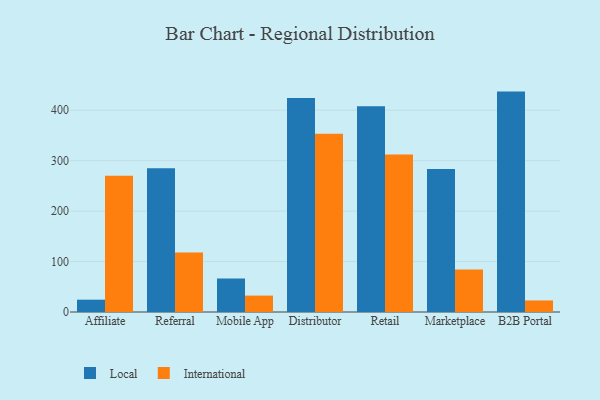
{"axis": {"x": "Channel", "y": "Gross Profit (USD K)"}, "legend": ["International", "Local"], "data": [{"x": "Affiliate", "y": 24.4, "type": "Local"}, {"x": "Affiliate", "y": 270.1, "type": "International"}, {"x": "Referral", "y": 284.8, "type": "Local"}, {"x": "Referral", "y": 118.1, "type": "International"}, {"x": "Mobile App", "y": 66.4, "type": "Local"}, {"x": "Mobile App", "y": 32.5, "type": "International"}, {"x": "Distributor", "y": 424.3, "type": "Local"}, {"x": "Distributor", "y": 353.4, "type": "International"}, {"x": "Retail", "y": 408.0, "type": "Local"}, {"x": "Retail", "y": 312.0, "type": "International"}, {"x": "Marketplace", "y": 283.5, "type": "Local"}, {"x": "Marketplace", "y": 84.2, "type": "International"}, {"x": "B2B Portal", "y": 436.9, "type": "Local"}, {"x": "B2B Portal", "y": 22.9, "type": "International"}]}